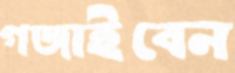
গজাইবেন